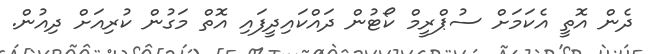
ދެން އޮތީ އެކަމަށް ސުޕްރީމް ކޯޓުން ދައްކައިދީފައި އޮތް މަގުން ކުރިއަށް ދިއުން.